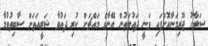
ސަލާހު ޖޫރިމަނާކޮށްފައި ވަނީ ދައުލަތުން އޭނާގެ މައްޗަށް ކުރި ދައުވާ ޝަރީއަތަށް ސާބިތުވުމާ